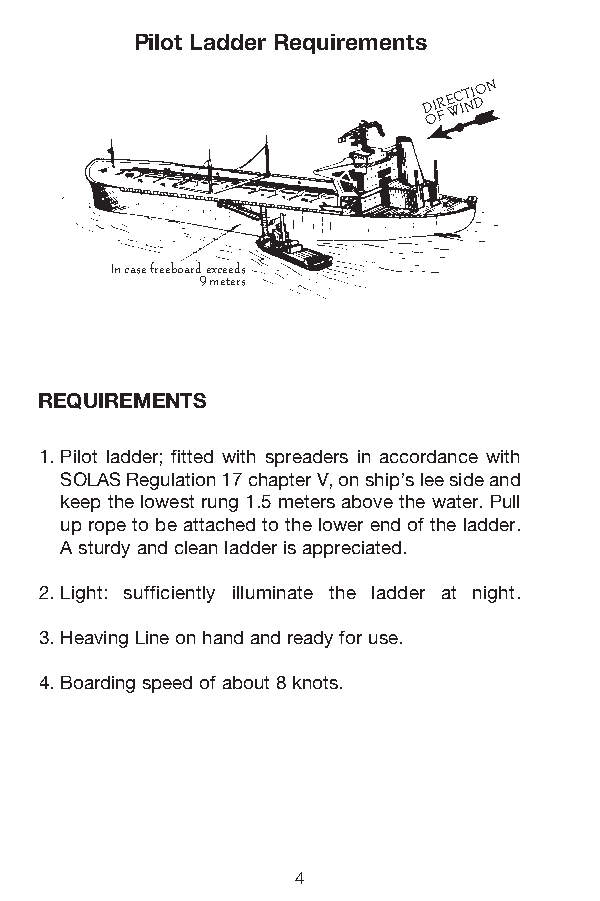
Pilot Ladder Requirements
 D OI FR E WC IT NI
 DON
 In case freeboard exceeds
 9 meters
 REQUIREMENTS
 1. Pilot ladder; fitted with spreaders in accordance with
 SOLAS Regulation 17 chapter V, on ship’s lee side and
 keep the lowest rung 1.5 meters above the water. Pull
 up rope to be attached to the lower end of the ladder.
 A sturdy and clean ladder is appreciated.
 2. Light: sufficiently illuminate the ladder at night.
 3. Heaving Line on hand and ready for use.
 4. Boarding speed of about 8 knots.
 4